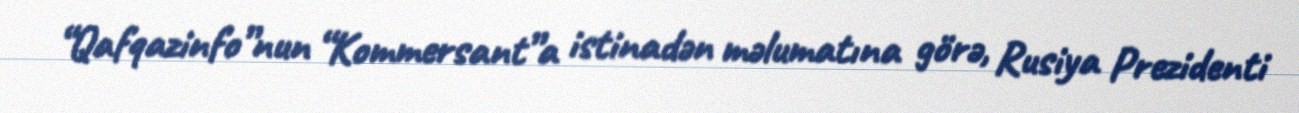
“Qafqazinfo”nun “Kommersant”a istinadən məlumatına görə, Rusiya Prezidenti